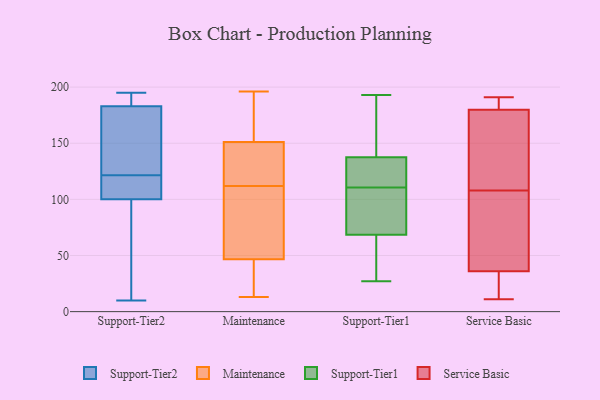
{"axis": {"x": "Tickets Resolved", "y": "Value"}, "legend": ["Maintenance", "Service Basic", "Support-Tier1", "Support-Tier2"], "data": [{"x": "", "y": 133, "type": "Support-Tier2"}, {"x": "", "y": 168, "type": "Support-Tier2"}, {"x": "", "y": 125, "type": "Support-Tier2"}, {"x": "", "y": 155, "type": "Support-Tier2"}, {"x": "", "y": 193, "type": "Support-Tier2"}, {"x": "", "y": 28, "type": "Support-Tier2"}, {"x": "", "y": 195, "type": "Support-Tier2"}, {"x": "", "y": 21, "type": "Support-Tier2"}, {"x": "", "y": 108, "type": "Support-Tier2"}, {"x": "", "y": 118, "type": "Support-Tier2"}, {"x": "", "y": 191, "type": "Support-Tier2"}, {"x": "", "y": 10, "type": "Support-Tier2"}, {"x": "", "y": 17, "type": "Support-Tier2"}, {"x": "", "y": 112, "type": "Support-Tier2"}, {"x": "", "y": 183, "type": "Support-Tier2"}, {"x": "", "y": 183, "type": "Support-Tier2"}, {"x": "", "y": 115, "type": "Support-Tier2"}, {"x": "", "y": 100, "type": "Support-Tier2"}, {"x": "", "y": 144, "type": "Maintenance"}, {"x": "", "y": 34, "type": "Maintenance"}, {"x": "", "y": 190, "type": "Maintenance"}, {"x": "", "y": 112, "type": "Maintenance"}, {"x": "", "y": 153, "type": "Maintenance"}, {"x": "", "y": 75, "type": "Maintenance"}, {"x": "", "y": 13, "type": "Maintenance"}, {"x": "", "y": 196, "type": "Maintenance"}, {"x": "", "y": 44, "type": "Maintenance"}, {"x": "", "y": 55, "type": "Maintenance"}, {"x": "", "y": 145, "type": "Maintenance"}, {"x": "", "y": 27, "type": "Support-Tier1"}, {"x": "", "y": 55, "type": "Support-Tier1"}, {"x": "", "y": 193, "type": "Support-Tier1"}, {"x": "", "y": 121, "type": "Support-Tier1"}, {"x": "", "y": 180, "type": "Support-Tier1"}, {"x": "", "y": 136, "type": "Support-Tier1"}, {"x": "", "y": 100, "type": "Support-Tier1"}, {"x": "", "y": 135, "type": "Support-Tier1"}, {"x": "", "y": 89, "type": "Support-Tier1"}, {"x": "", "y": 82, "type": "Support-Tier1"}, {"x": "", "y": 41, "type": "Support-Tier1"}, {"x": "", "y": 139, "type": "Support-Tier1"}, {"x": "", "y": 164, "type": "Service Basic"}, {"x": "", "y": 11, "type": "Service Basic"}, {"x": "", "y": 54, "type": "Service Basic"}, {"x": "", "y": 108, "type": "Service Basic"}, {"x": "", "y": 123, "type": "Service Basic"}, {"x": "", "y": 30, "type": "Service Basic"}, {"x": "", "y": 185, "type": "Service Basic"}, {"x": "", "y": 191, "type": "Service Basic"}, {"x": "", "y": 16, "type": "Service Basic"}, {"x": "", "y": 63, "type": "Service Basic"}, {"x": "", "y": 190, "type": "Service Basic"}]}